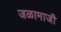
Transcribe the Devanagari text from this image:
जळामाजी